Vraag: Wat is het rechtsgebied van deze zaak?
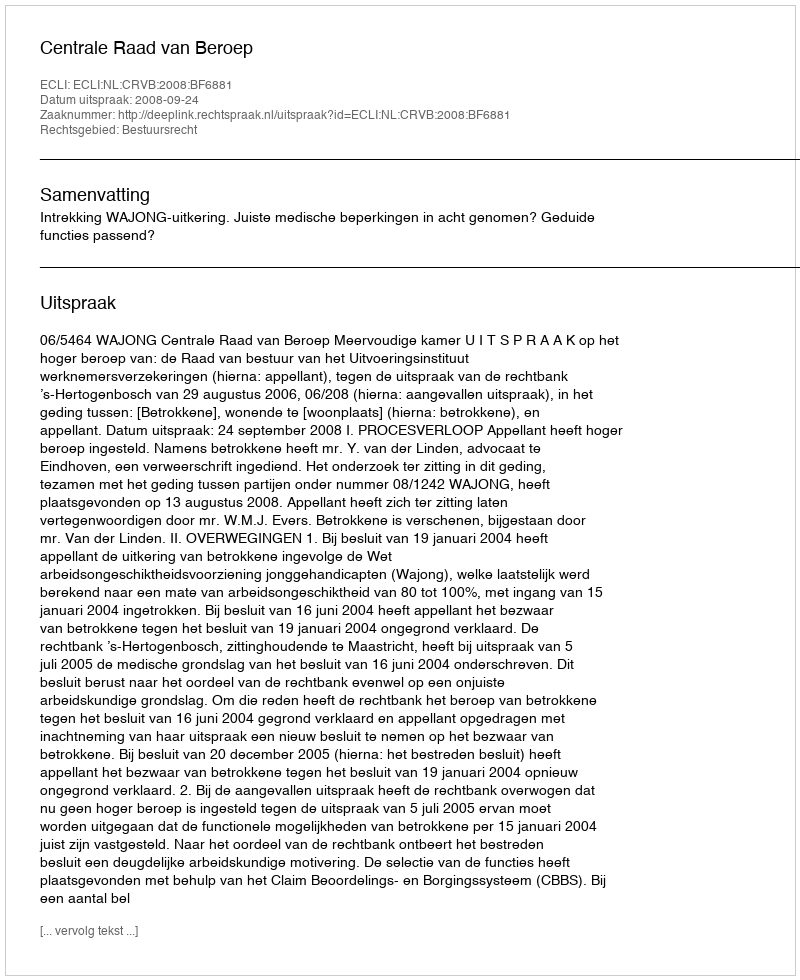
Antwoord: Bestuursrecht